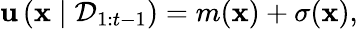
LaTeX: \mathbf{u}\left(\mathbf{{x}}\mid\mathcal{{D}}_{1:t-1}\right)=m(\mathbf{{x}})+\sigma(\mathbf{{x}}),